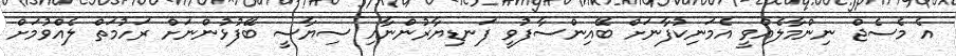
އެ މެސެޖް ނިންމާލެއްވީ އެމަނިކުފާނަށް ބޭއިންސާފުވީ ފަނޑިޔާރުންނާއި ސިޔާސީ ބޭފުޅުންނަށް ރަހުމަތް ލެއްވުމަށް